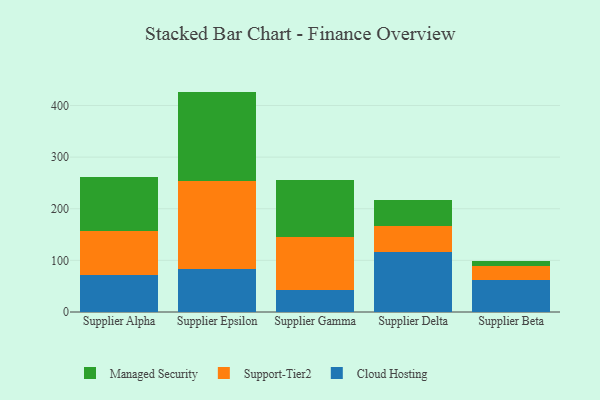
{"axis": {"x": "Supplier", "y": "Humidity (%)"}, "legend": ["Cloud Hosting", "Managed Security", "Support-Tier2"], "data": [{"x": "Supplier Alpha", "y": 71.0, "type": "Cloud Hosting"}, {"x": "Supplier Alpha", "y": 86.6, "type": "Support-Tier2"}, {"x": "Supplier Alpha", "y": 104.0, "type": "Managed Security"}, {"x": "Supplier Epsilon", "y": 84.2, "type": "Cloud Hosting"}, {"x": "Supplier Epsilon", "y": 170.2, "type": "Support-Tier2"}, {"x": "Supplier Epsilon", "y": 172.5, "type": "Managed Security"}, {"x": "Supplier Gamma", "y": 41.7, "type": "Cloud Hosting"}, {"x": "Supplier Gamma", "y": 103.6, "type": "Support-Tier2"}, {"x": "Supplier Gamma", "y": 110.3, "type": "Managed Security"}, {"x": "Supplier Delta", "y": 115.6, "type": "Cloud Hosting"}, {"x": "Supplier Delta", "y": 51.1, "type": "Support-Tier2"}, {"x": "Supplier Delta", "y": 50.2, "type": "Managed Security"}, {"x": "Supplier Beta", "y": 61.8, "type": "Cloud Hosting"}, {"x": "Supplier Beta", "y": 27.8, "type": "Support-Tier2"}, {"x": "Supplier Beta", "y": 8.4, "type": "Managed Security"}]}